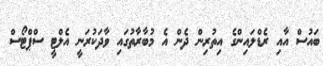
ބައުސް އާއި ރެޑްލައިންގެ އިތުރިން ދެން އެ މުބާރާތުގައި ވާދަކުރަނީ އެލްޓީ ސްޕްޓޯސް